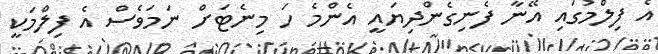
އެ ފިލްމުގައި އޭނާ ފެނިގެންދިޔައީ އެންމެ ހަ މިނެޓަށް ނަމަވެސް އެ ފިލްމަކީ